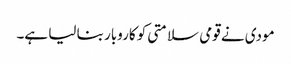
مودی نے قومی سلامتی کو کاروبار بنا لیا ہے۔